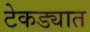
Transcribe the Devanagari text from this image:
टेकड्यात